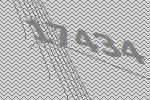
17434